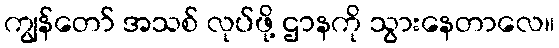
ကျွန်တော် အသစ် လုပ်ဖို့ ဌာနကို သွားနေတာလေ။